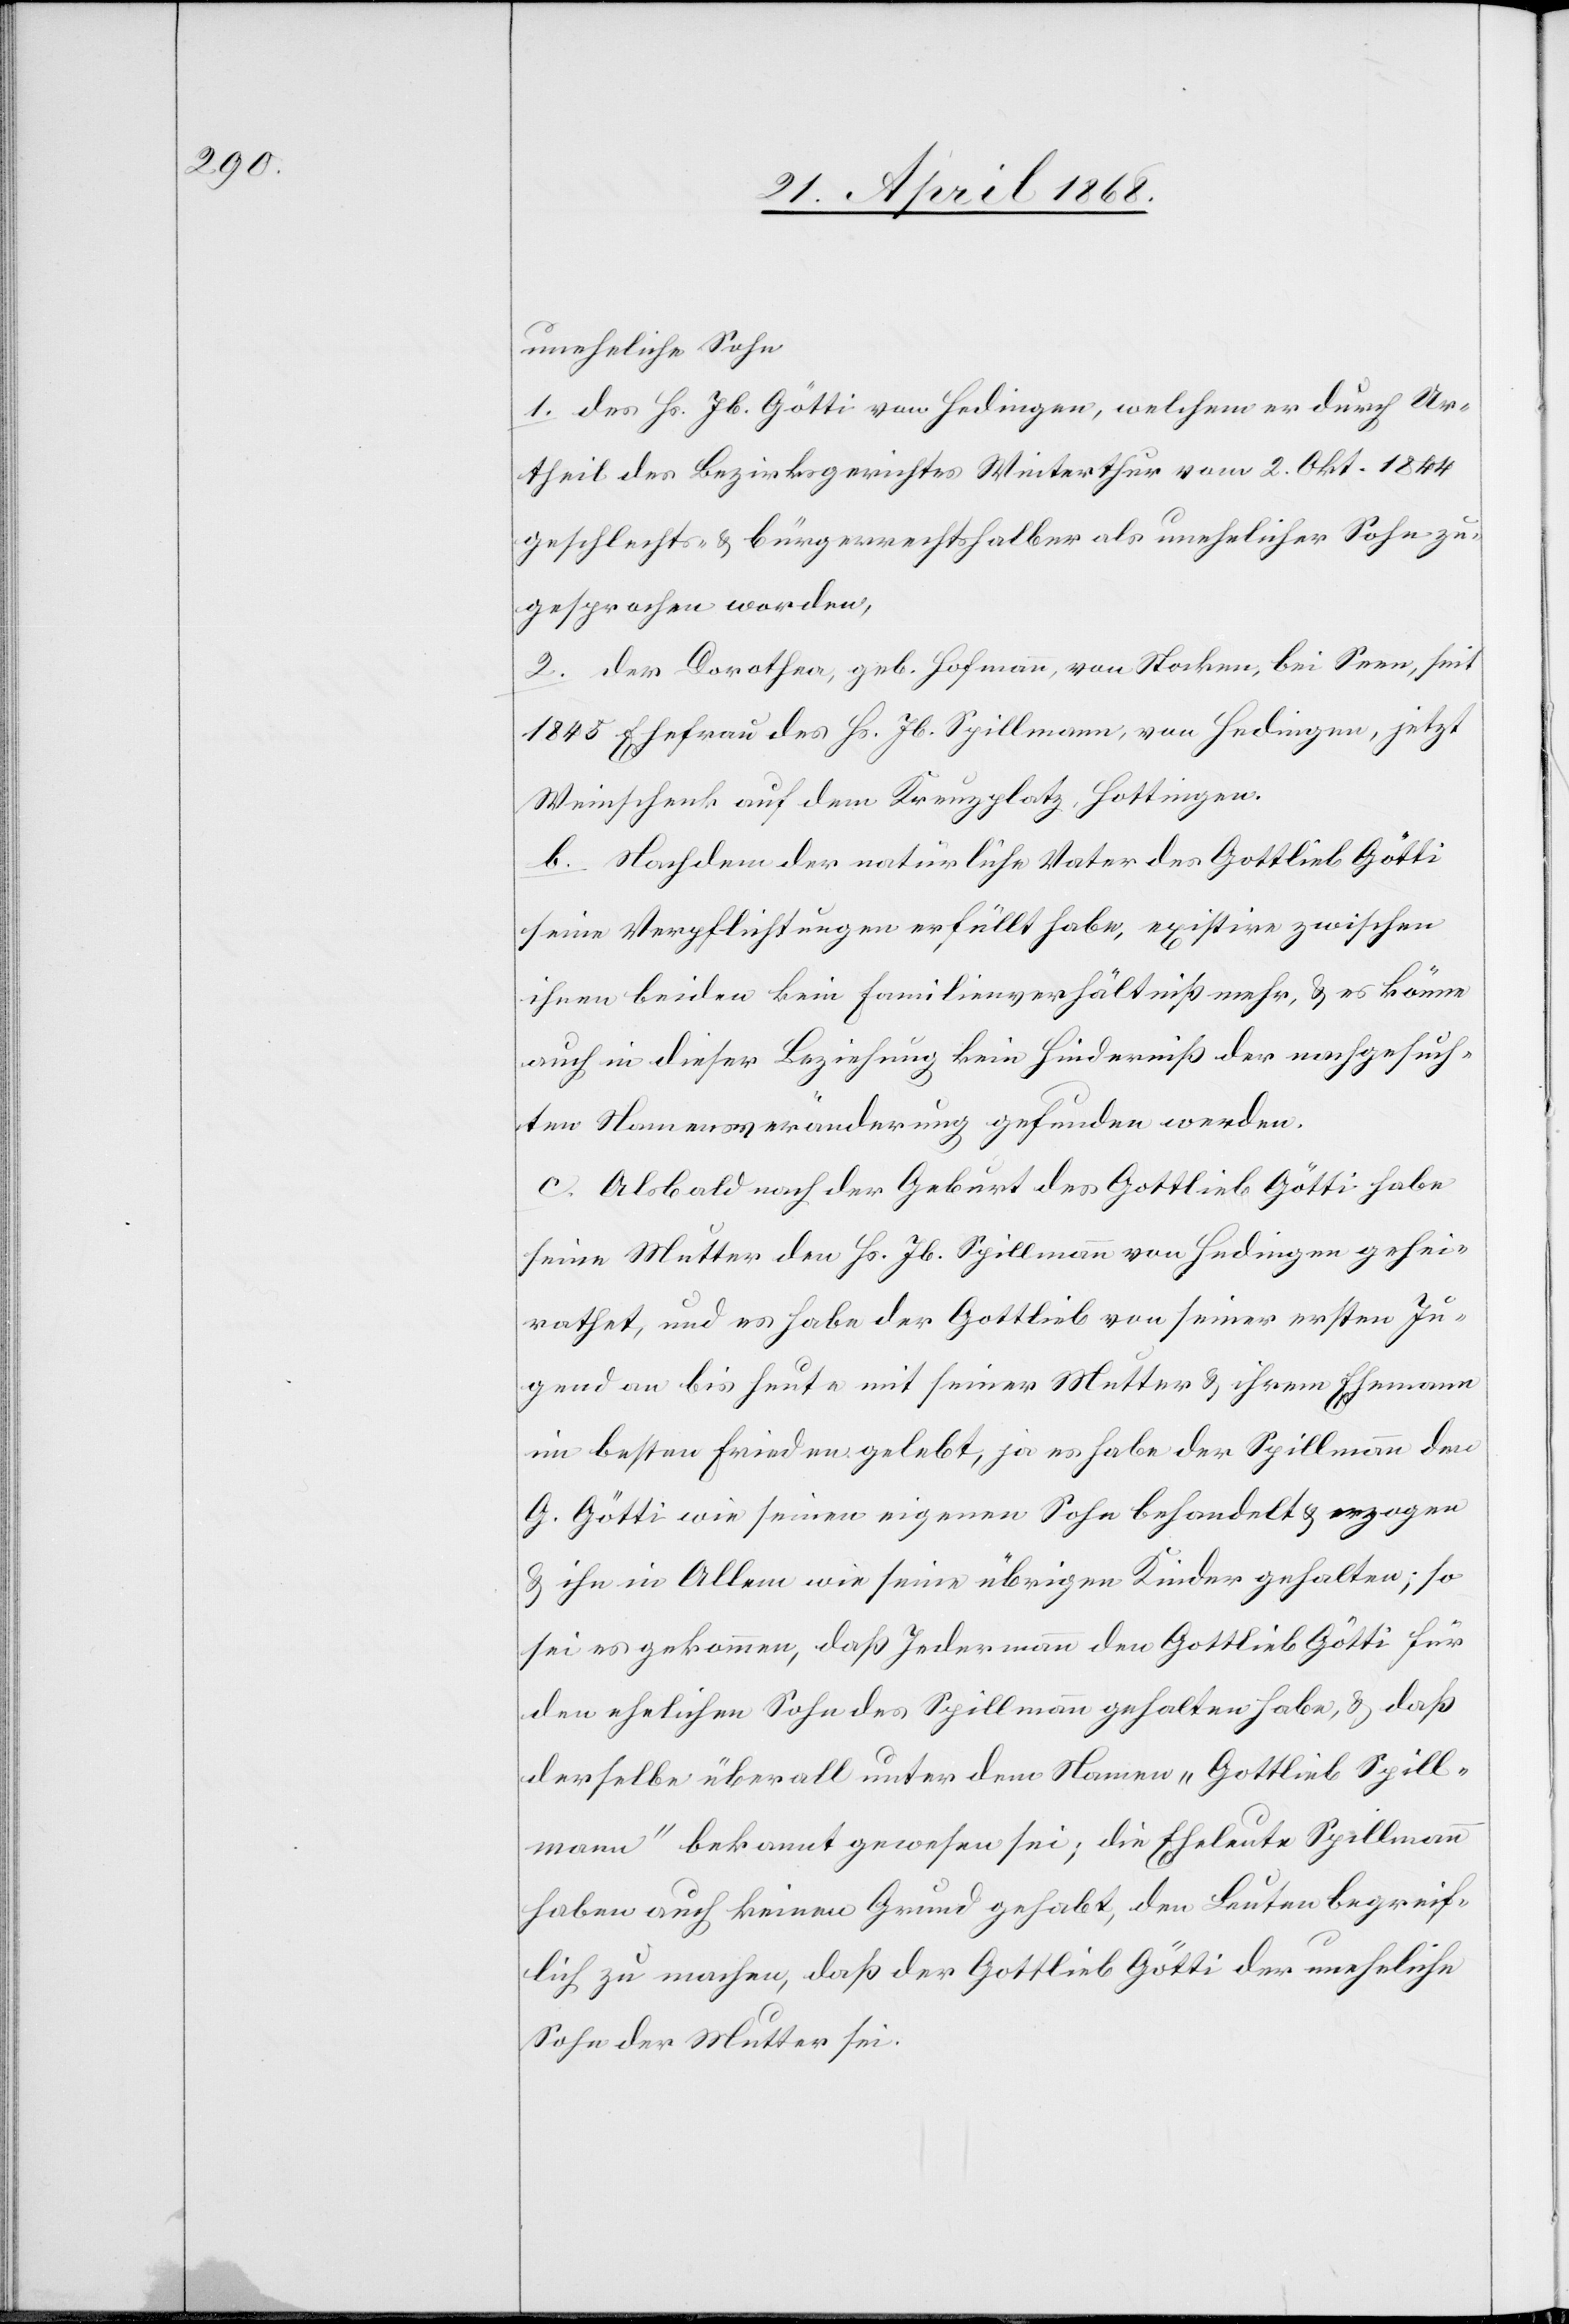
uneheliche Sohn
1. des Hs. Jb. Götti von Hedingen, welchem er durch Ur¬
theil des Bezirksgerichtes Winterthur vom 2. Okt. 1844
geschlechts- & bürgerrechtshalber als unehelicher Sohn zu¬
gesprochen worden,
2. der Dorothea, geb. Hofmann, von Stocken, bei Seen, seit
1845 Ehefrau des Hs. Jb. Spillmann, von Hedingen, jetzt
Weinschenk auf dem Kreuzplatz, Hottingen.
b. Nachdem der natürliche Vater des Gottlieb Götti
seine Verpflichtungen erfüllt habe, existire zwischen
ihnen beiden kein Familienverhältniß mehr, & es könne
auch in dieser Beziehung kein Hinderniß der nachgesuch¬
ten Namensveränderung gefunden werden.
c. Alsbald nach der Geburt des Gottlieb Götti habe
seine Mutter den Hs. Jb. Spillmann von Hedingen gehei¬
rathet, und es habe der Gottlieb von seiner ersten Ju¬
gend an bis heute mit seiner Mutter & ihrem Ehemann
im besten Frieden gelebt, ja es habe der Spillmann den
G. Götti wie seinen eigenen Sohn behandelt & erzogen
& ihn in Allem wie seine übrigen Kinder gehalten; so
sei es gekommen, daß Jedermann den Gottlieb Götti für
den ehelichen Sohn des Spillmann gehalten habe, & daß
derselbe überall unter dem Namen „Gottlieb Spill¬
mann“ bekannt gewesen sei; die Eheleute Spillmann
haben auch keinen Grund gehabt, den Leuten begreif¬
lich zu machen, daß der Gottlieb Götti der uneheliche
Sohn der Mutter sei.